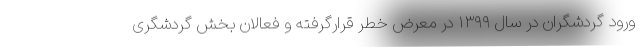
ورود گردشگران در سال ۱۳۹۹ در معرض خطر قرارگرفته و فعالان بخش گردشگری